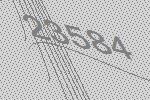
23584